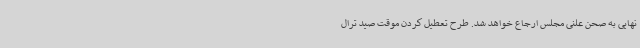
نهایی به صحن علنی مجلس ارجاع خواهد شد. طرح تعطیل کردن موقت صید ترال